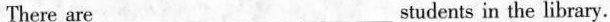
There are___ ___ ___ students in the library.